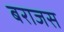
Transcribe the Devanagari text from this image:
बराजस